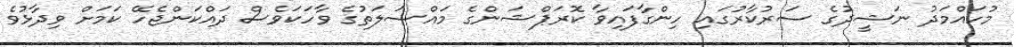
މުހައްމަދު ނަޝީދުގެ ސަރުކާރުގައި ހިންގާފައިވާ ކޮރަޕްޝަންގެ މައްސަލަތުގެ ވާހަކަވެސް ދައްކަންޖެހޭ ކަމަށް ވިދާޅުވެ